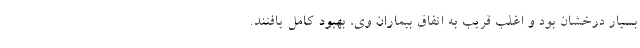
بسیار درخشان بود و اغلب قریب به اتفاق بیماران وی، بهبود کامل یافتند.